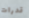
قدرات